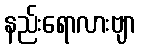
နည်းရောလားဗျာ